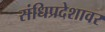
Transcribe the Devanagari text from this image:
संधिप्रदेशावर